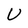
Character: U